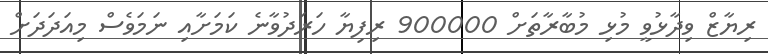
ރިޔާޒް ވިދާޅުވީ މުޅި މުބާރާތަށް 900000 ރިފިޔާ ހަރަދުވާނެ ކަމަށާއި ނަމަވެސް މިއަދަދަށް